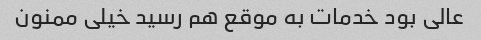
عالی بود خدمات به موقع هم رسید خیلی ممنون